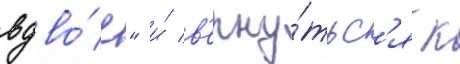
вдво́е" и́ в'ерну́тьс'я к